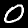
Label: 0